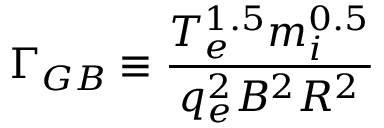
\Gamma _ { G B } \equiv \frac { T _ { e } ^ { 1 . 5 } m _ { i } ^ { 0 . 5 } } { q _ { e } ^ { 2 } B ^ { 2 } R ^ { 2 } }